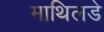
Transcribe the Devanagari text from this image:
माथिलडे